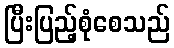
ပြီးပြည့်စုံစေသည်